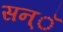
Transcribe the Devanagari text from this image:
सन्ॅ